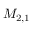
M _ { 2 , 1 }